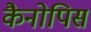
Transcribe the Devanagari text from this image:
कैनोपिस